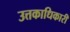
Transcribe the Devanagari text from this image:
उत्तकाधिकारी